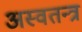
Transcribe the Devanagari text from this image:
अस्वतन्त्र